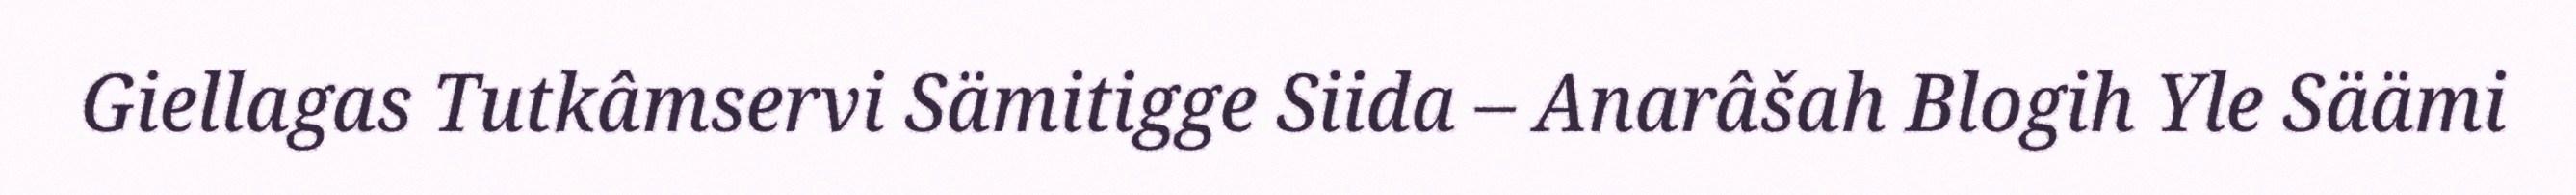
Giellagas Tutkâmservi Sämitigge Siida – Anarâšah Blogih Yle Säämi